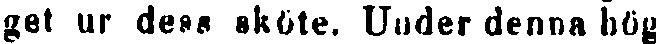
get ur dess sköte. Under denna hög